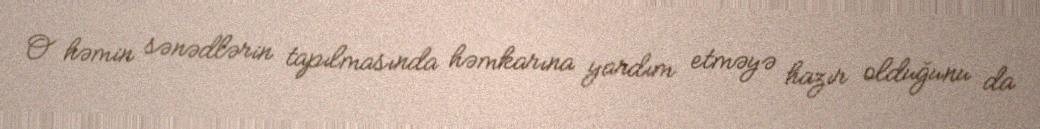
O həmin sənədlərin tapılmasında həmkarına yardım etməyə hazır olduğunu da